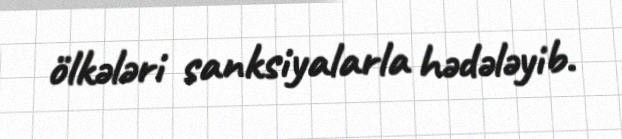
ölkələri sanksiyalarla hədələyib.